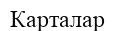
Карталар